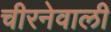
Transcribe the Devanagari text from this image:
चीरनेवाली